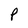
Character: P